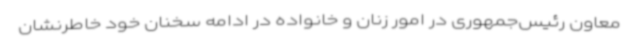
معاون رئیس‌جمهوری در امور زنان و خانواده در ادامه سخنان خود خاطرنشان